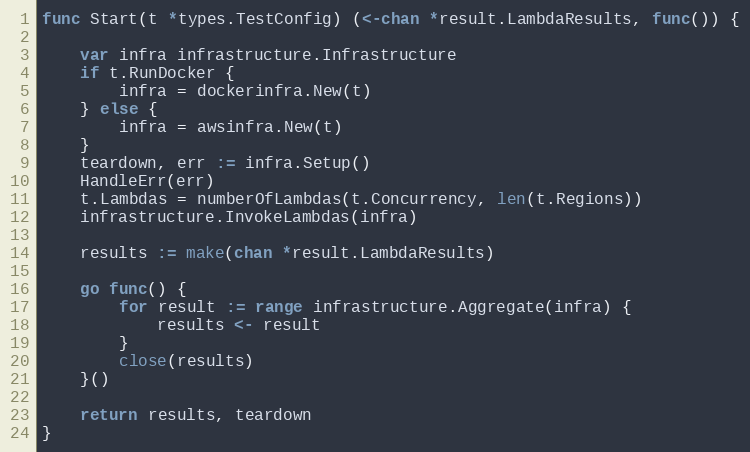
Language: Go
func Start(t *types.TestConfig) (<-chan *result.LambdaResults, func()) {

	var infra infrastructure.Infrastructure
	if t.RunDocker {
		infra = dockerinfra.New(t)
	} else {
		infra = awsinfra.New(t)
	}
	teardown, err := infra.Setup()
	HandleErr(err)
	t.Lambdas = numberOfLambdas(t.Concurrency, len(t.Regions))
	infrastructure.InvokeLambdas(infra)

	results := make(chan *result.LambdaResults)

	go func() {
		for result := range infrastructure.Aggregate(infra) {
			results <- result
		}
		close(results)
	}()

	return results, teardown
}